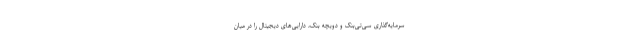
سرمایه‌گذاری سی‌تی‌بنک و دویچه بنک، دارایی‌های دیجیتال را در میان